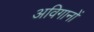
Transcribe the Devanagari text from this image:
अविगानों